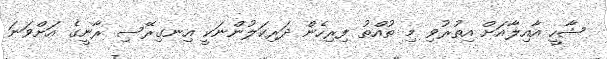
ޝާހީ އާއިލާއަށް އިތުރުވި މި ތުއްތު ފިރިހެން ދަރިކަލުންނަކީ އިނގިރޭސި ރާނީގެ އަށްވަނަ